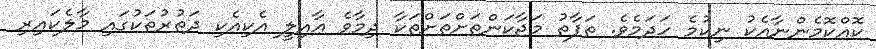
ކޮއްކޮމެންނާއެކު ނިކުމެ ހަދަމެވެ. ތަފާތު މަޖާކަންތަށްތަށްތަކާ ދިމާވެ ޢާއިލީ އެކިއެކި ދަތުރުތަކުގައި މާލެކައިރި